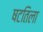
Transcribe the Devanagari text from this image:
षटतिला